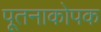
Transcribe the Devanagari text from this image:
पूतनाकोपक